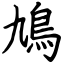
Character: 鳩